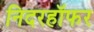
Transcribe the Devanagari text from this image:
निदरहॉफर